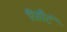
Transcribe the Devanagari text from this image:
रिसौर्ट